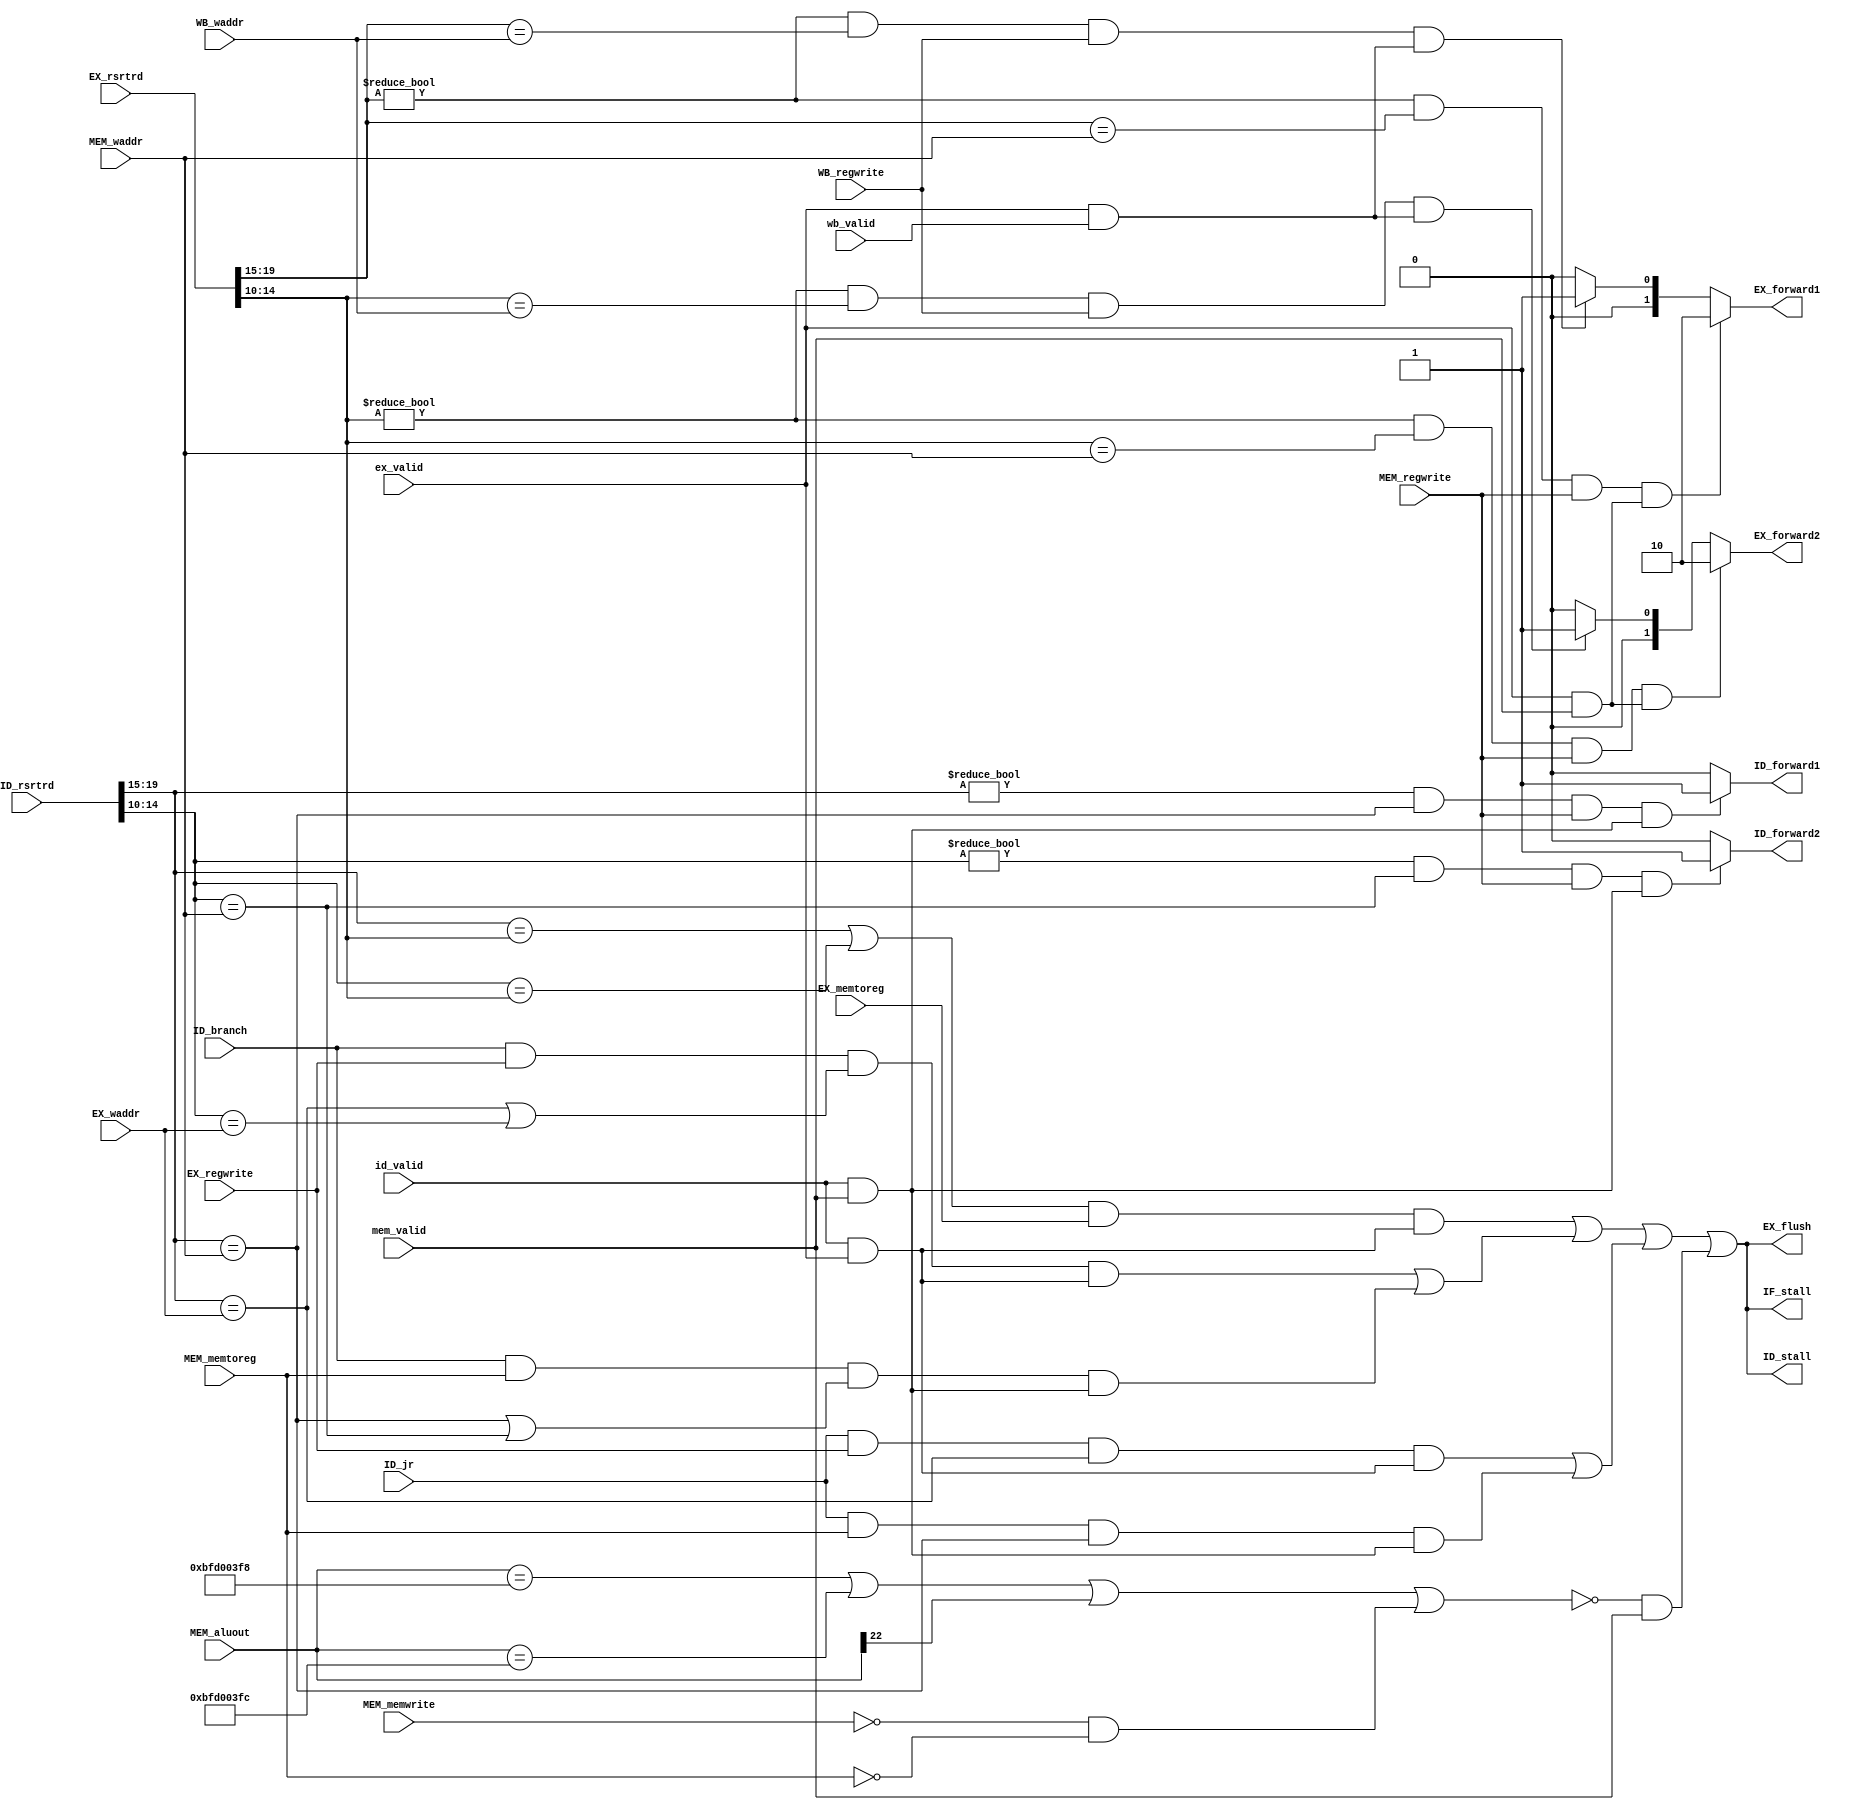
`timescale 1ns / 1ps
//////////////////////////////////////////////////////////////////////////////////
// Company: 
// Engineer: 
// 
// Design Name: 
// Module Name: hazard
// Project Name: 
// Target Devices: 
// Tool Versions: 
// Description: 
// 
// Dependencies: 
// 
// Revision:
// Revision 0.01 - File Created
// Additional Comments:
// 
//////////////////////////////////////////////////////////////////////////////////


module hazard (
    input  wire        id_valid,
    input  wire        ex_valid,
    input  wire        mem_valid,
    input  wire        wb_valid,
    input  wire        ID_jr,
    input  wire        ID_branch,
    input  wire [19:0] ID_rsrtrd,
    input  wire [19:0] EX_rsrtrd,
    input  wire        EX_memtoreg,
    input  wire        EX_regwrite,
    input  wire [ 4:0] EX_waddr,
    input  wire [31:0] MEM_aluout,
    input  wire        MEM_memtoreg,
    input  wire        MEM_memwrite,
    input  wire        MEM_regwrite,
    input  wire [ 4:0] MEM_waddr,
    input  wire        WB_regwrite,
    input  wire [ 4:0] WB_waddr,
    output wire        IF_stall,
    output wire        ID_stall,
    output reg         ID_forward1,
    output reg         ID_forward2,
    output wire        EX_flush,
    output reg  [ 1:0] EX_forward1,
    output reg  [ 1:0] EX_forward2
);

localparam UART1 = 32'hbfd003f8;
localparam UART2 = 32'hbfd003fc;

wire [ 4:0] ID_rs, ID_rt, ID_rd;
wire [ 4:0] EX_rs, EX_rt, EX_rd;
wire        lwstall;
wire        branchstall;
wire        jrstall;
wire        pcstall;
wire        id_valid_ex;
wire        id_valid_mem;
wire        ex_valid_mem;
wire        ex_valid_wb;

assign uart = (MEM_aluout == UART1) || (MEM_aluout == UART2);
assign ID_rs = ID_rsrtrd[19:15];
assign ID_rt = ID_rsrtrd[14:10];
assign ID_rd = ID_rsrtrd[ 9:5];
assign EX_rs = EX_rsrtrd[19:15];
assign EX_rt = EX_rsrtrd[14:10];
assign EX_rd = EX_rsrtrd[ 9:5];
assign id_valid_ex = id_valid && ex_valid;
assign id_valid_mem = id_valid && mem_valid;
assign ex_valid_mem = ex_valid && mem_valid;
assign ex_valid_wb = ex_valid && wb_valid;
assign lwstall = ((ID_rs==EX_rt) || (ID_rt==EX_rt)) && EX_memtoreg && id_valid_ex;
assign branchstall =  (ID_branch && EX_regwrite && ((ID_rs==EX_waddr)||(ID_rt==EX_waddr)) && id_valid_ex)
                   || (ID_branch && MEM_memtoreg && ((ID_rs==MEM_waddr)||(ID_rt==MEM_waddr)) && id_valid_mem);
assign jrstall =  (ID_jr && EX_regwrite && (ID_rs==EX_waddr) && id_valid_ex)
               || (ID_jr && MEM_memtoreg && (ID_rs==MEM_waddr) && id_valid_mem); 
// assign jrstall = 0;               
assign pcstall = !(uart || MEM_aluout[22] || (!MEM_memwrite && !MEM_memtoreg)) && mem_valid;               
assign IF_stall = lwstall || branchstall || jrstall || pcstall;
assign ID_stall = lwstall || branchstall || jrstall || pcstall;
assign EX_flush = lwstall || branchstall || jrstall || pcstall;

always @(*) begin
    if ((ID_rs!=5'b0) && (ID_rs==MEM_waddr) && MEM_regwrite && id_valid_mem)
        ID_forward1 <= 1'b1;
    else
        ID_forward1 <= 1'b0;
end

always @(*) begin
    if ((ID_rt!=5'b0) && (ID_rt==MEM_waddr) && MEM_regwrite && id_valid_mem)
        ID_forward2 <= 1'b1;
    else
        ID_forward2 <= 1'b0;
end
//
always @(*) begin
    if ((EX_rs!=5'b0) && (EX_rs==MEM_waddr) && MEM_regwrite && ex_valid_mem)
        EX_forward1 <= 2'b10;
    else if ((EX_rs!=5'b0) && (EX_rs==WB_waddr) && WB_regwrite && ex_valid_wb) 
        EX_forward1 <= 2'b01;
    else
        EX_forward1 <= 2'b00;
end

always @(*) begin
    if ((EX_rt!=5'b0) && (EX_rt==MEM_waddr) && MEM_regwrite && ex_valid_mem)
        EX_forward2 <= 2'b10;
    else if ((EX_rt!=5'b0) && (EX_rt==WB_waddr) && WB_regwrite && ex_valid_wb) 
        EX_forward2 <= 2'b01;
    else
        EX_forward2 <= 2'b00;
end

endmodule